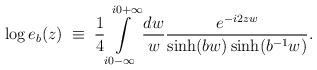
LaTeX: \begin{align*}\log e_b(z)\;\equiv\;\frac{1}{4}\int\limits_{i0-\infty}^{i0+\infty}\frac{dw}{w}\frac{e^{-i 2 zw}}{\sinh(bw)\sinh(b^{-1}w)}.\end{align*}